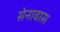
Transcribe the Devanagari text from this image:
सेनावास